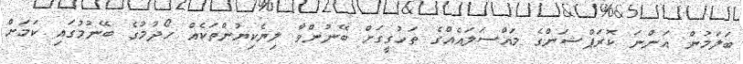
ބަލަމުން އަންނަ ކޮރަޕްޝަންގެ މައްސަލައެއްގެ ތަހުގީގަށް ބޭނުންވާ ލިޔެކިޔުންތަކެއް ހޯދުމުގެ ބޭނުމުގައި ކަމަށް